Plague in India, 1896, 1897 - Volume 1
Year: 1896
Disease focus: Plague
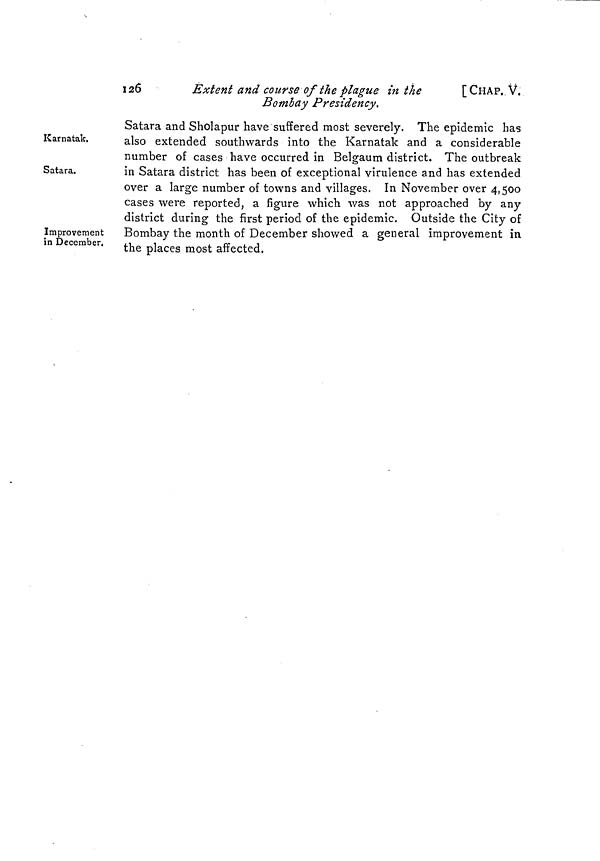
126
Extent and course of the plague in the
Bombay Presidency.
[CHAP. V.
Karnatak.
Satara.
Improvement
in December.
Satara and Sholapur have suffered most severely. The epidemic has
also extended southwards into the Karnatak and a considerable
number of cases have occurred in Belgaum district. The outbreak
in Satara district has been of exceptional virulence and has extended
over a large number of towns and villages. In November over 4,500
cases were reported, a figure which was not approached by any
district during the first period of the epidemic. Outside the City of
Bombay the month of December showed a general improvement in
the places most affected.